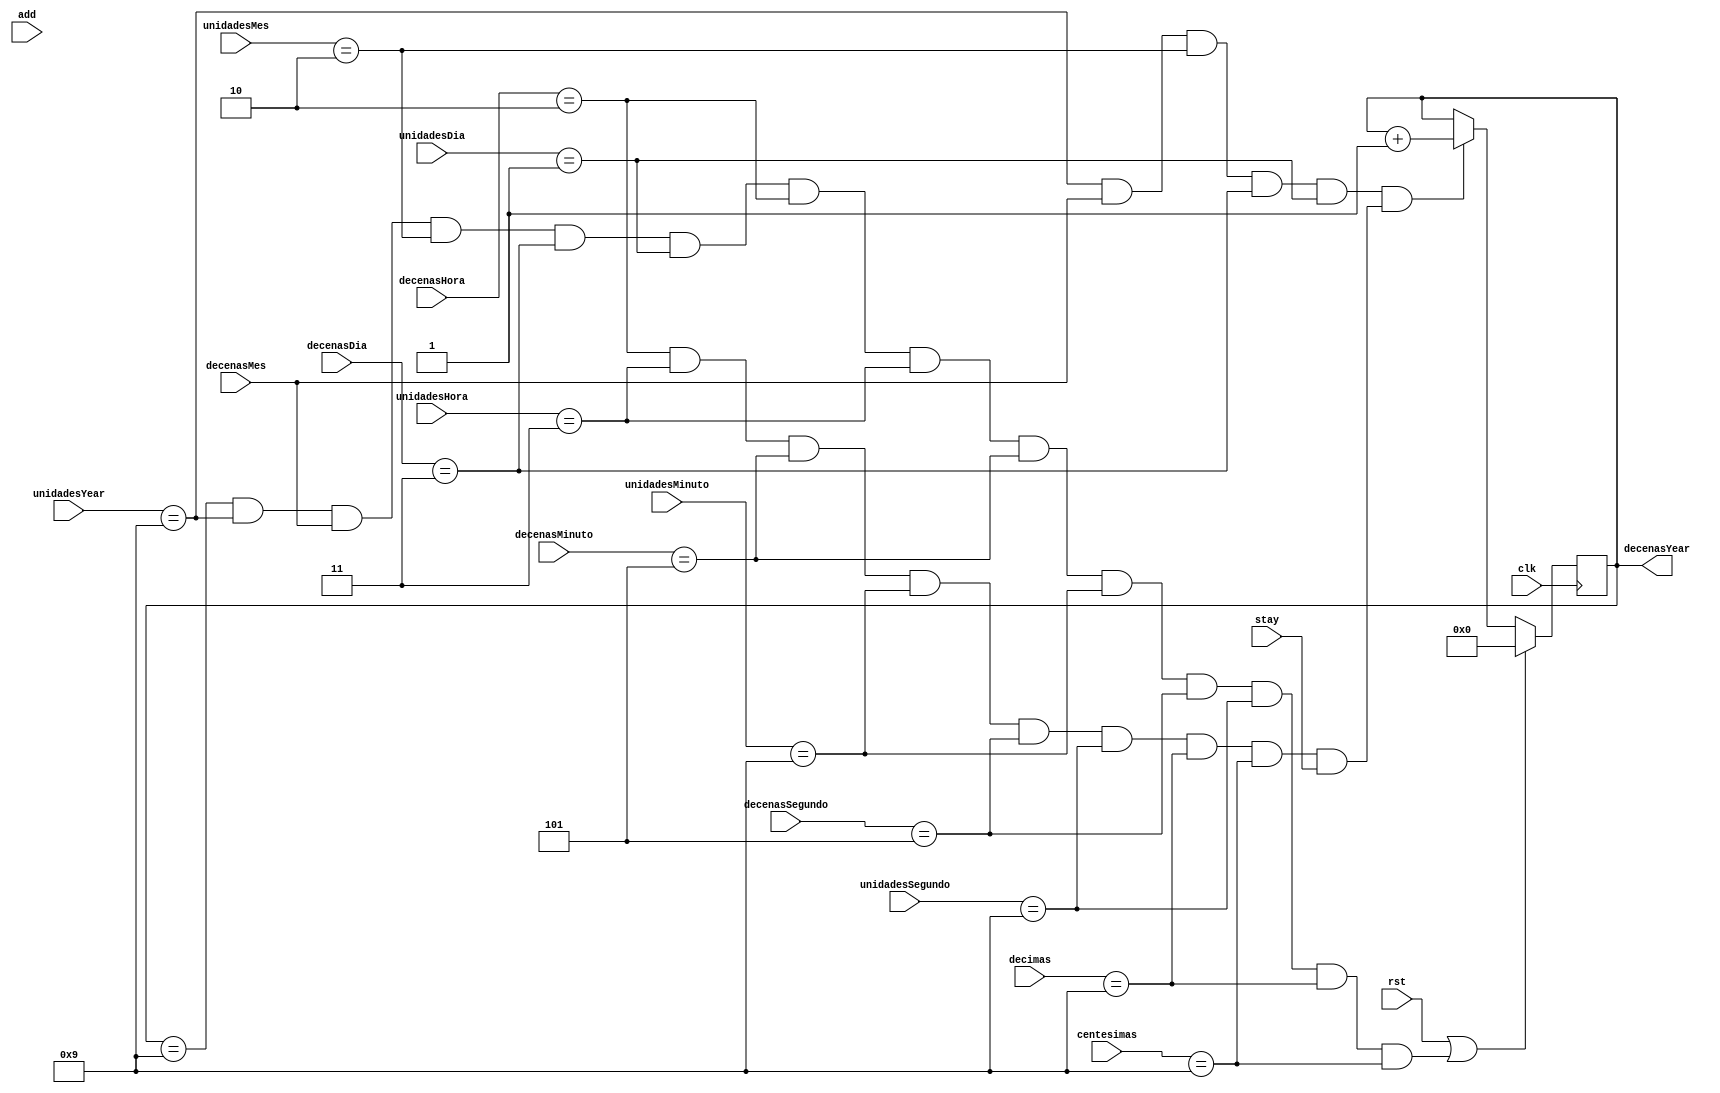
`timescale 1ns / 1ps
//////////////////////////////////////////////////////////////////////////////////
// Company: 
// Engineer: 
// 
// Design Name: 
// Module Name:    DecenasYear 
// Project Name: 
// Target Devices: 
// Tool versions: 
// Description: 
//
// Dependencies: 
//
// Revision: 
// Revision 0.01 - File Created
// Additional Comments: 
//
//////////////////////////////////////////////////////////////////////////////////
module DecenasYear(
	input clk,
	input stay,
	input add,
	input rst,
	input [3:0] decimas,
	input [3:0] centesimas,
	input [3:0] unidadesSegundo,
	input [2:0] decenasSegundo,
	input [3:0] unidadesMinuto,
	input [3:0] decenasMinuto,
	input [3:0] unidadesHora,
	input [1:0] decenasHora,
	input [3:0] unidadesDia,
	input [1:0] decenasDia,
	input [3:0] unidadesMes,
	input decenasMes,
	input [3:0] unidadesYear,
	output reg [3:0] decenasYear
    );
	 

	 
	 always @ (posedge clk)
		begin					////////////////////////MESES SON DE 0-11//////////////////////////////
			if (rst == 1 || (decenasYear == 9 && unidadesYear == 9 && decenasMes == 1 && unidadesMes == 2 && decenasDia == 3 && unidadesDia == 1 &&
															decenasHora == 2 && unidadesHora == 3 && decenasMinuto == 5 && unidadesMinuto == 9 && decenasSegundo == 5 && unidadesSegundo == 9 && decimas == 9 && centesimas == 9))
				begin 
					decenasYear <=0;
				end

			//agregar unidadesMes
			else if ((unidadesYear == 9 && decenasMes == 1 && unidadesMes == 2 && decenasDia == 3 && unidadesDia == 1) //ultimo dia del ao 0009
											&&(decenasHora == 2 && unidadesHora == 3 && decenasMinuto == 5 && unidadesMinuto == 9 && decenasSegundo == 5 && unidadesSegundo == 9 && decimas == 9 && centesimas == 9 && stay == 1))
				begin
					decenasYear <= decenasYear + 1;
				end
			
			
		end
		


endmodule